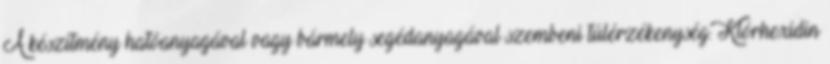
A készítmény hatóanyagával vagy bármely segédanyagával szembeni túlérzékenység. Klórhexidin